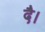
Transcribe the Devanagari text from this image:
दै।